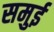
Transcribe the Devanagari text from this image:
समुई